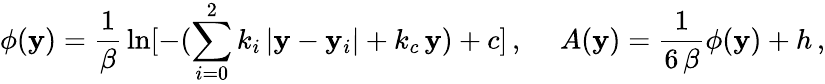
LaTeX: \phi(\mathbf{y})={\frac{{1}}{{\beta}}}\ln[{-(\sum_{i=0}^{2}k_{i}\, |\mathbf{y}-\mathbf{y}_{i}|+k_{c}\, \mathbf{y})+c}]\, ,\ \ \ \ \ A(\mathbf{y})={\frac{{1}}{{6\, \beta}}}\phi(\mathbf{y})+h\, ,